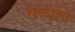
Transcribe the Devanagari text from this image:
संध्येला